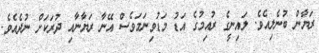
ރަޔާން ބުނެލިއެވެ. ލައިނީގެ ރުއިމުގެ އަޑު މަޑުވިނަމަވެސް އޭނާ ރަޔާނާއި ދުރަކަށް ނުދެއެވެ.